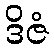
ဒိဇံ